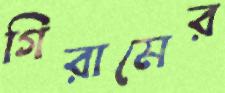
গিরামের